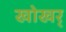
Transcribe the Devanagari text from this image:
खोखर्